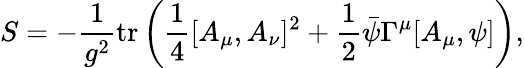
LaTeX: S=-\frac{1}{g^{2}}\mathrm{tr}\left(\frac{1}{4}[A_{\mu},A_{\nu}]^{2}+\frac{1}{2}\bar{\psi}\Gamma^{\mu}[A_{\mu},\psi]\right),